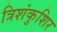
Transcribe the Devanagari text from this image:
त्रिशंकुशिर